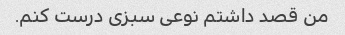
من قصد داشتم نوعی سبزی درست کنم.